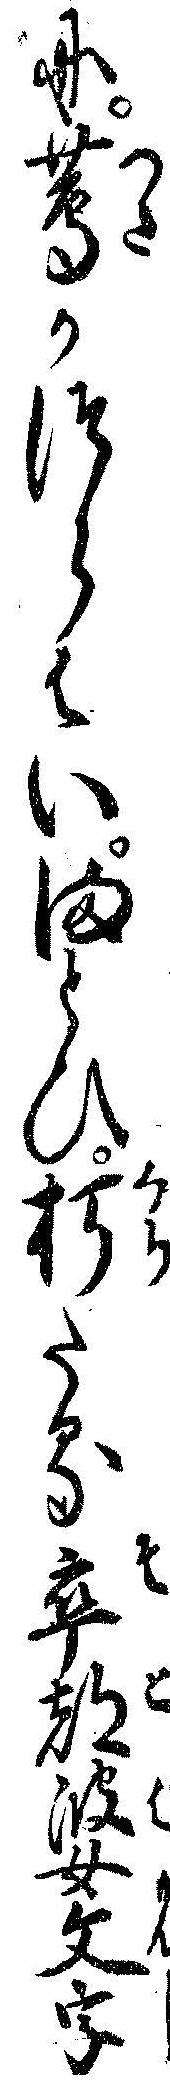
に蔦かつらはいまとひ朽たる卒都婆文字